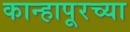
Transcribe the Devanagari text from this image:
कान्हापूरच्या